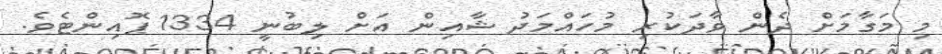
މި މަގާމަށް ދެން ވާދަކުރި މުހައްމަދު ޝާއިން އަށް ލިބުނީ 1334 ޕޮއިންޓެވެ.